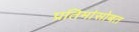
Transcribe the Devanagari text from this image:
प्रतिमांसोबत